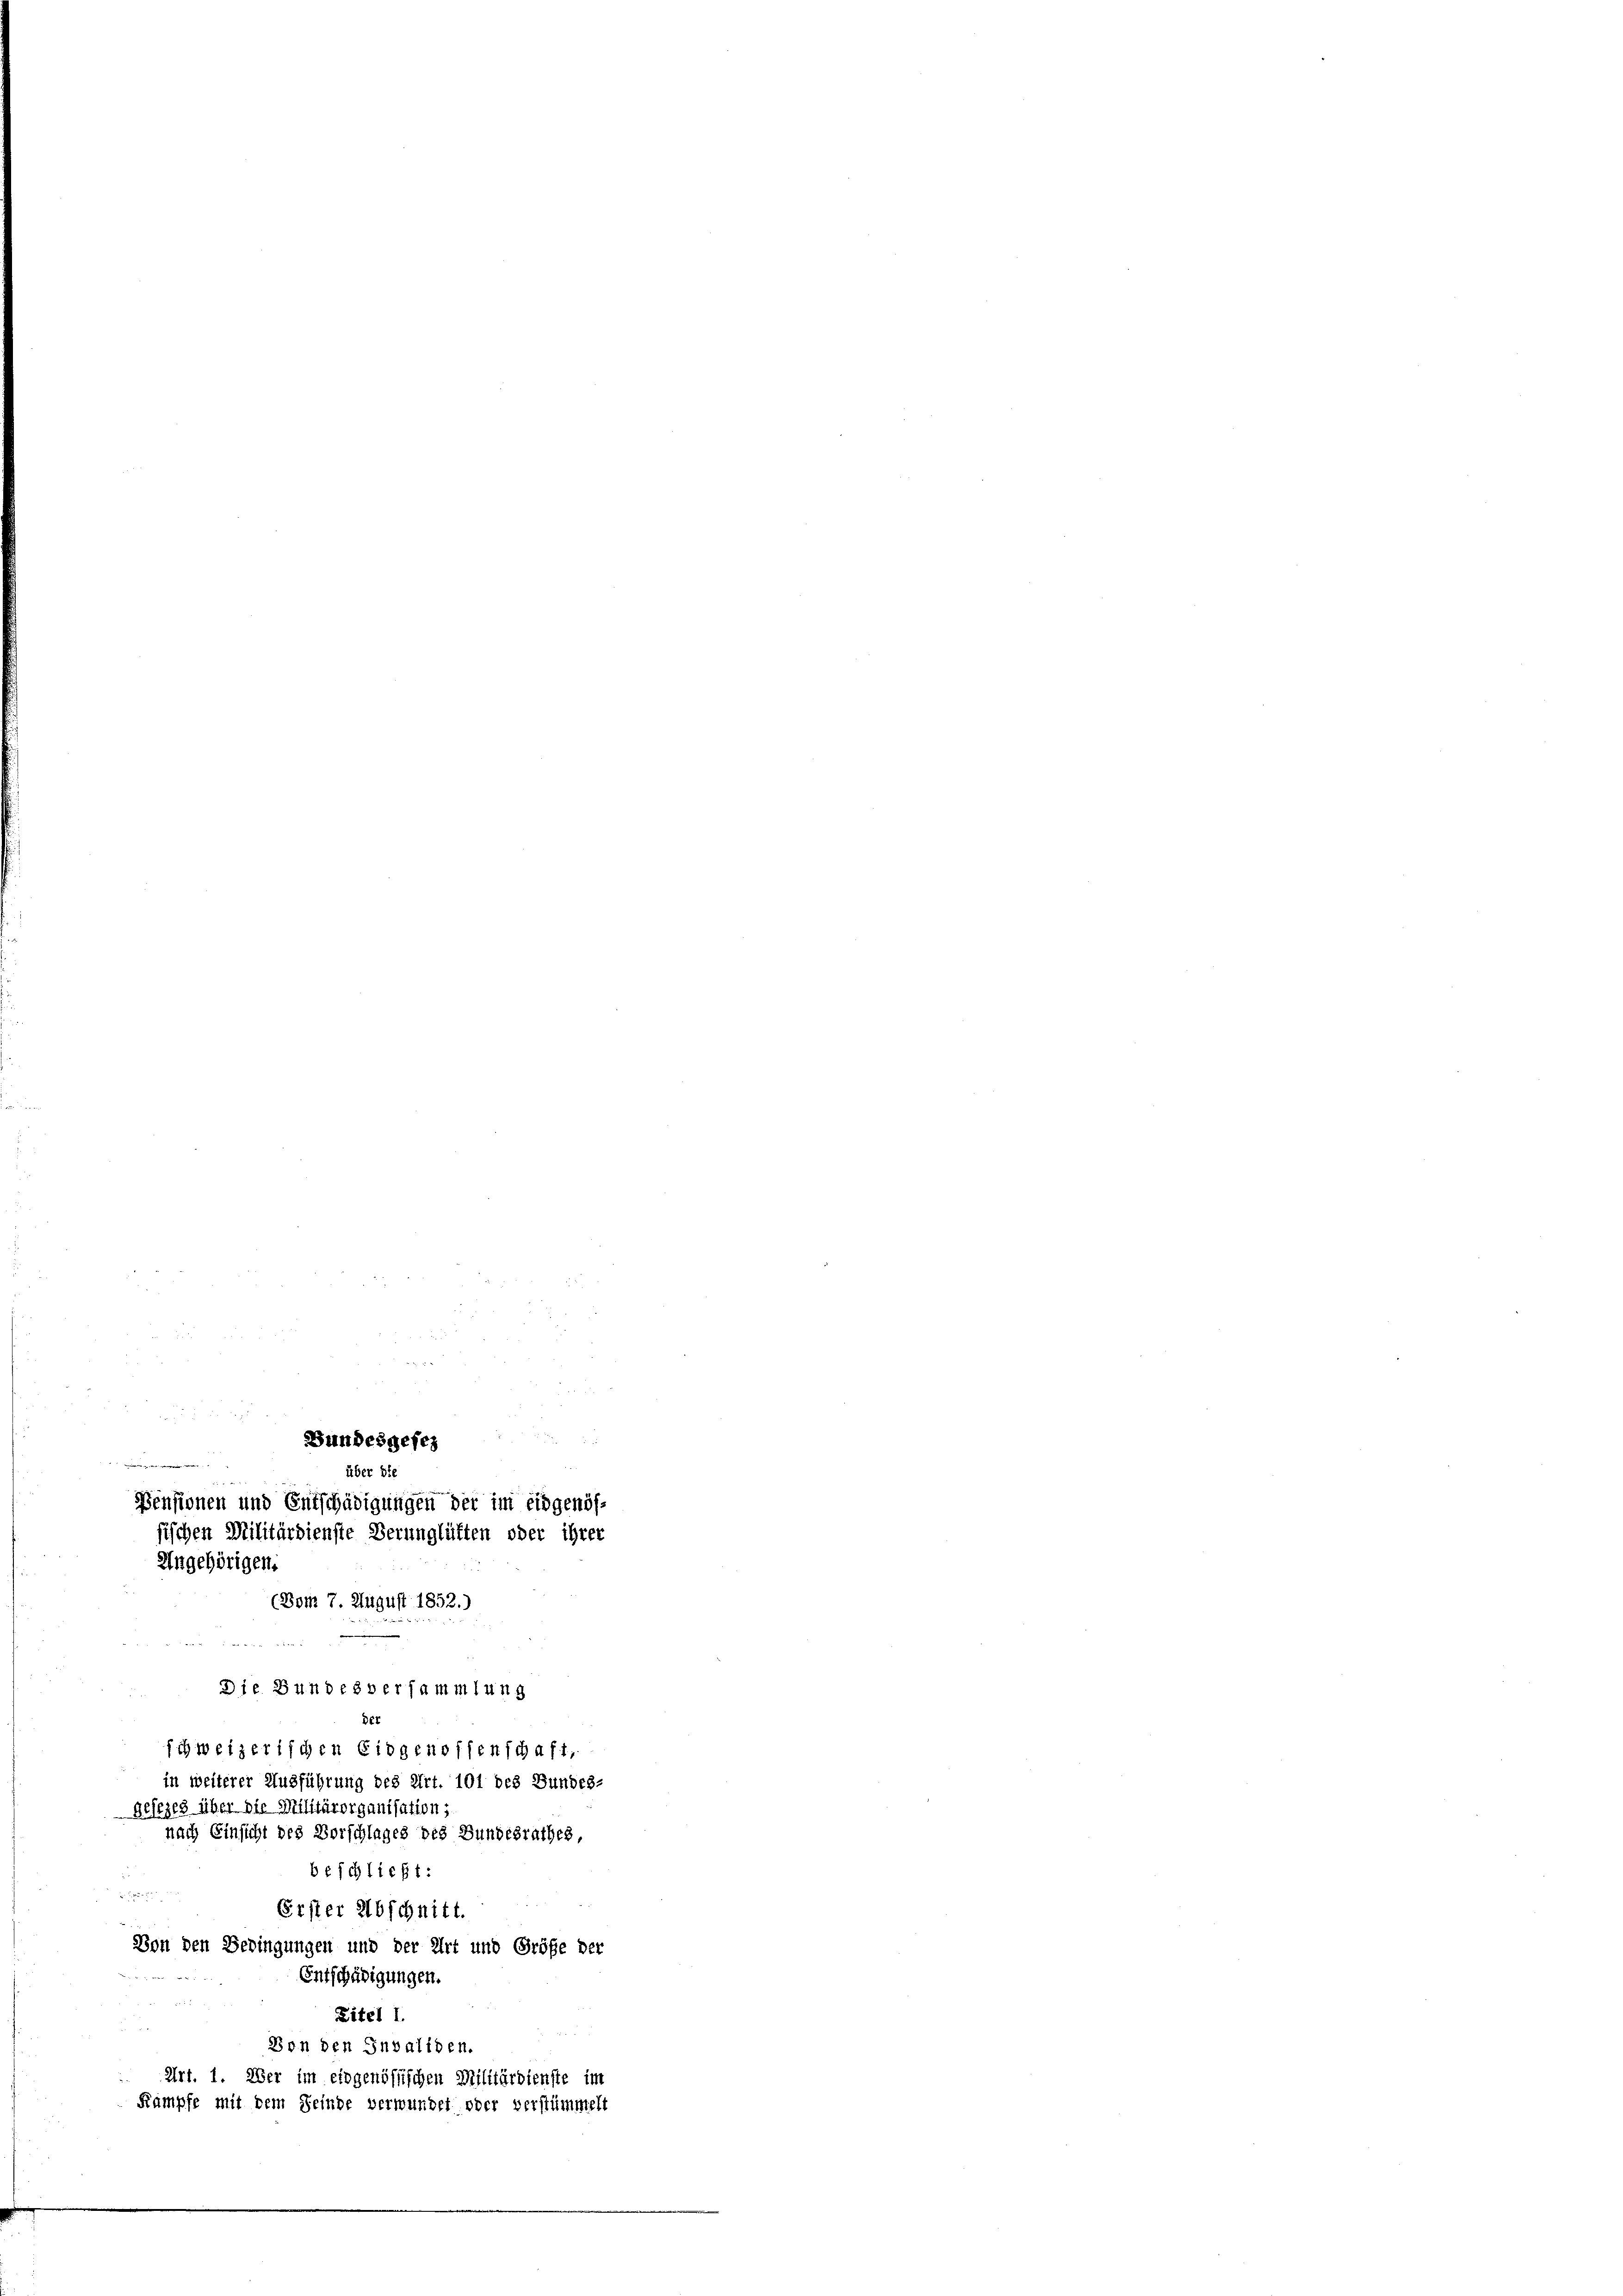
über die
Pensionen und Entschädigungen der im eidgenössischen Militärdienste Verunglüften oder ihrer
Ungehörigen.
(Bom 7. August 1852.)

Die Bundesversammlung
Der
schweizerischen Eidgenossenschaft,
in weiterer Ausführung des Art. 101 des Bundes-
Gesezes über die Militärorganisation d
nach Einsicht des Vorschlages des Bundesrathes,
beschließt:

Erster Abschnitt.
Von den Bedingungen und der Art und Größe der
Entschädigungen.
Zitel I.
Von den Invaliden.
Art. 1. Wer im eidgenössischen Militärdienste im
Kämpfe mit dem Seinde verwundet oder verstümmelt

Bunde vergerreichen

Bundesgefes